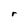
Character: r